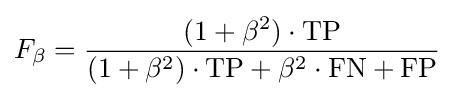
F_{\beta }={\frac {(1+\beta ^{2})\cdot \mathrm {TP} }{(1+\beta ^{2})\cdot \mathrm {TP} +\beta ^{2}\cdot \mathrm {FN} +\mathrm {FP} }}